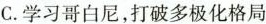
C.学习哥白尼，打破多极化格局